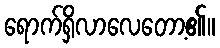
ရောက်ရှိလာလေတော့၏။